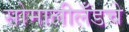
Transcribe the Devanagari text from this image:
सोमालीलँडचे